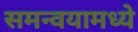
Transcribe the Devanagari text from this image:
समन्वयामध्ये